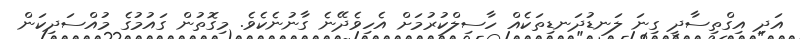
އަދި އިގްތިސާދީ ގިނަ ލަނޑުދަނޑިތަކެއް ހާސިލްކުރުމަށް އެހިވެދޭނެ ގާނުނެކެވެ. މިގޮތުން ގައުމުގެ މުއްސަދިކަން